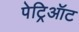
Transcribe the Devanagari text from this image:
पेट्रिऑट